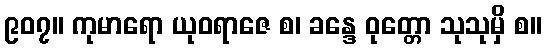
၉၀၇။ ကုမာရော ယုဝရာဇေ စ၊ ခန္ဒေ ဝုတ္တော သုသုမှိ စ။